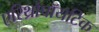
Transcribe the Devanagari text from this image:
एरिथ्रोपॉयटिक